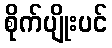
စိုက်ပျိုးပင်